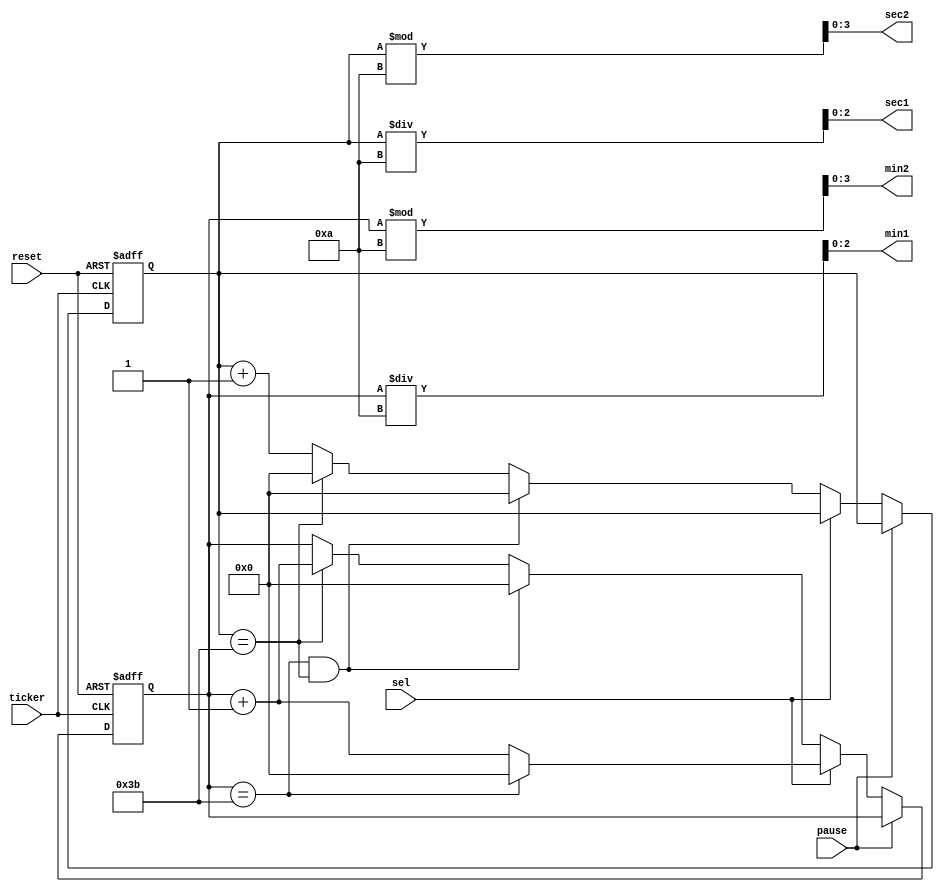
`timescale 1ns / 1ps
//////////////////////////////////////////////////////////////////////////////////
// Company: 
// Engineer: 
// 
// Design Name: 
// Module Name:    Counter 
// Project Name: 
// Target Devices: 
// Tool versions: 
// Description: 
//
// Dependencies: 
//
// Revision: 
// Revision 0.01 - File Created
// Additional Comments: 
//
//////////////////////////////////////////////////////////////////////////////////
module Counter(
    input pause,
    input sel,
    input reset,
    input ticker,
    output [2:0] min1,
    output [3:0] min2,
    output [2:0] sec1,
    output [3:0] sec2
    );
	 
	reg [31:0] seconds;
	reg [31:0] minutes;
	
	
	
	
	assign min1 = minutes/10;
	assign min2 = minutes%10;
	assign sec1 = seconds/10;
	assign sec2 = seconds%10;
	
	

	
	always @(posedge ticker or posedge reset)
	begin
		if(reset) begin
			seconds <= 0;
			minutes <= 0;
		end
		else
		begin
			if(!pause)
			begin
			
				if(!sel)
				begin
					if(minutes == 59 && seconds ==59)
					begin
						minutes <= 0;
						seconds <= 0;
					end
					else if(seconds == 59)
					begin
						seconds <= 0;
						minutes <= minutes +1;
					end
					else
					seconds <= seconds +1;
				end
				else
				if(minutes == 59)
				begin
					minutes <= 0;
				end
				else
				minutes <= minutes +1;
				
				
			end
		end
	end
	
	
	


endmodule